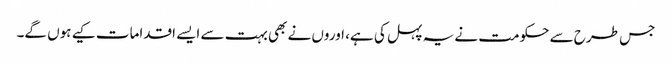
جس طرح سے حکومت نے یہ پہل کی ہے، اوروں نے بھی بہت سے ایسے اقدامات کیے ہوں گے۔